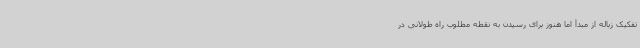
تفکیک زباله از مبدأ اما هنوز برای رسیدن به نقطه مطلوب راه طولانی در